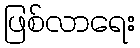
ဖြစ်လာရေး